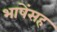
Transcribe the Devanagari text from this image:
भाषेंसह